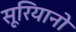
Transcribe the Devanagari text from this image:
सूरियानो